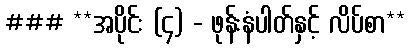
### **အပိုင်း (၄) - ဖုန်းနံပါတ်နှင့် လိပ်စာ**